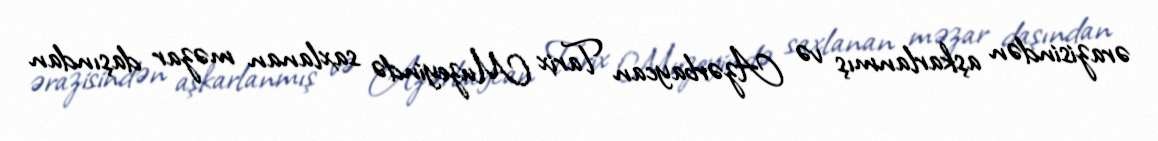
ərazisindən aşkarlanmış və Azərbaycan Tarix Muzeyində saxlanan məzar daşından